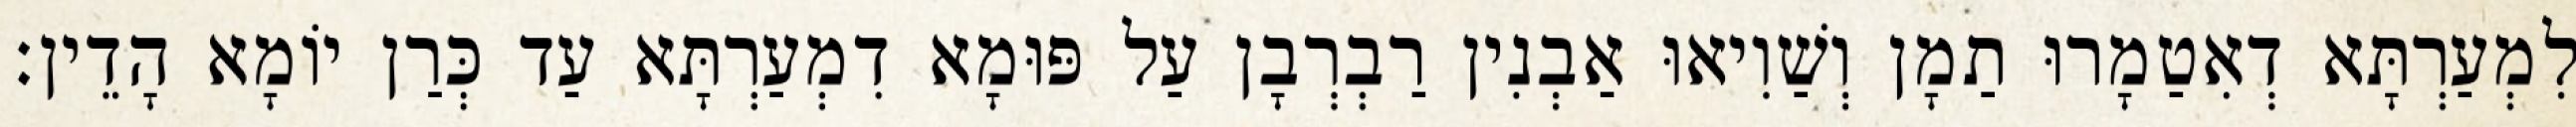
לִמְעַרְתָּא דְאִטַמָרוּ תַמָן וְשַׁוִיאוּ אַבְנִין רַבְרְבָן עַל פּוּמָא דִמְעַרְתָּא עַד כְּרַן יוֹמָא הָדֵין׃